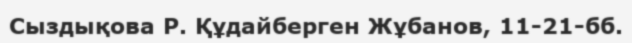
Сыздықова Р. Құдайберген Жұбанов, 11-21-бб.